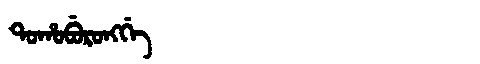
Manchu: ᡨᠣᡥᠣᠪᡠᡵᠣᠩᡤᡝ
Romanization: TOHOBURONGGE